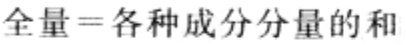
全量=各种成分分量的和